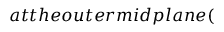
a t t h e o u t e r m i d p l a n e (